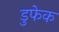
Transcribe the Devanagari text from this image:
डुफेक